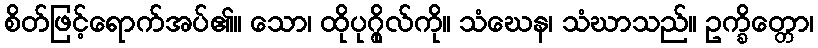
စိတ်ဖြင့်ရောက်အပ်၏။ သော၊ ထိုပုဂ္ဂိုလ်ကို။ သံဃေန၊ သံဃာသည်။ ဥက္ခိတ္တော၊